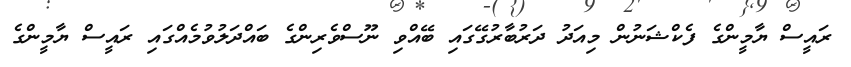
ރައީސް ޔާމީންގެ ފެކްޝަނުން މިއަދު ދަރުބާރުގޭގައި ބޭއްވި ނޫސްވެރިންގެ ބައްދަލުވުމެއްގައި ރައީސް ޔާމީންގެ